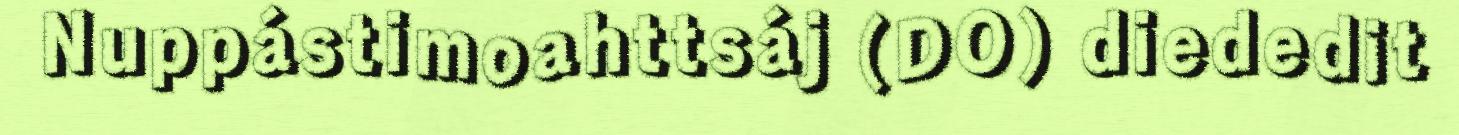
Nuppástimoahttsáj (DO) diededit